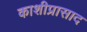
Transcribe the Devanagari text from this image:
काशीप्रासाद